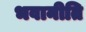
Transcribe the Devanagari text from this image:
भवानीति